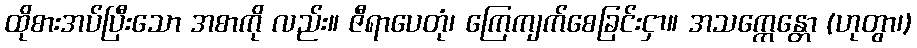
ထိုစားအပ်ပြီးသော အစာကို လည်း။ ဇီရာပေတုံ၊ ကြေကျက်စေခြင်းငှာ။ အသက္ကေန္တော (ဟုတွာ၊)